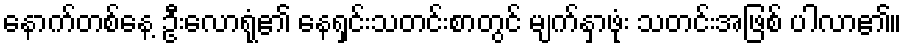
နောက်တစ်နေ့ ဦးလောရုံ၏ နေရှင်းသတင်းစာတွင် မျက်နှာဖုံး သတင်းအဖြစ် ပါလာ၏။